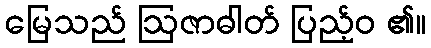
မြေသည် ဩဇာဓါတ် ပြည့်ဝ ၏။